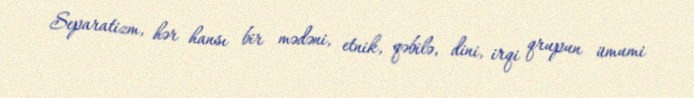
Separatizm, hər hansı bir mədəni, etnik, qəbilə, dini, irqi qrupun ümumi